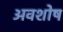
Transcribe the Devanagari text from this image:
अवशोष